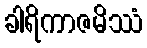
ခါရိကာဇမိဿံ